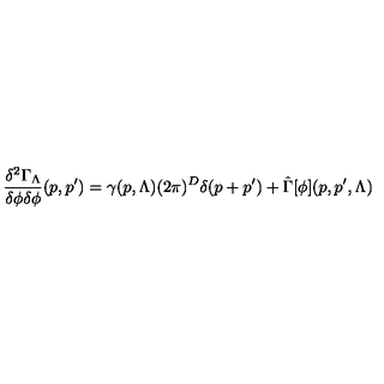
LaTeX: \frac { \delta ^ { 2 } \Gamma _ { \Lambda } } { \delta \phi \delta \phi } ( p , p ^ { \prime } ) = \gamma ( p , \Lambda ) ( 2 \pi ) ^ { D } \delta ( p + p ^ { \prime } ) + \hat { \Gamma } [ \phi ] ( p , p ^ { \prime } , \Lambda )